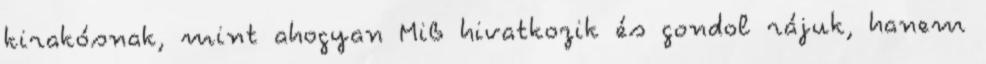
kirakósnak, mint ahogyan MiB hivatkozik és gondol rájuk, hanem